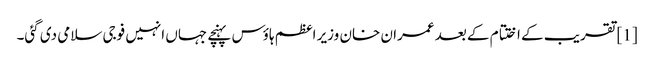
[1] تقریب کے اختتام کے بعد عمران خان وزیر اعظم ہاؤس پہنچے جہاں انہیں فوجی سلامی دی گئی۔